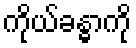
ကိုယ်ခန္ဓာကို